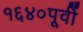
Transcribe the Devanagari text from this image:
१६४०पूर्वी